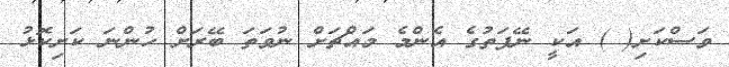
ވަސްކަށި( ) އަކީ ނޭފަތުގެ އެންމެ މައްޗަށް ނުވަތަ ބޭރަށް ހުންނަ ކަށިކޮޅު